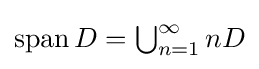
{\textstyle \operatorname {span} D=\bigcup _{n=1}^{\infty }nD}